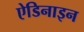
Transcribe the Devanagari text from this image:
ऐडिनाइन